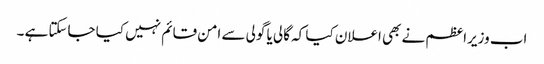
اب وزیراعظم نے بھی اعلان کیا کہ گالی یا گولی سے امن قائم نہیں کیا جاسکتا ہے ۔